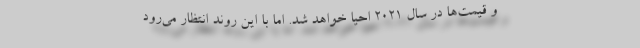
و قیمت‌ها در سال 2021 احیا خواهد شد. اما با این روند انتظار می‌رود